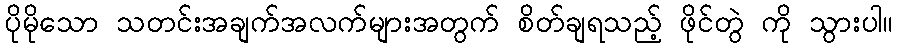
ပိုမိုသော သတင်းအချက်အလက်များအတွက် စိတ်ချရသည့် ဖိုင်တွဲ ကို သွားပါ။